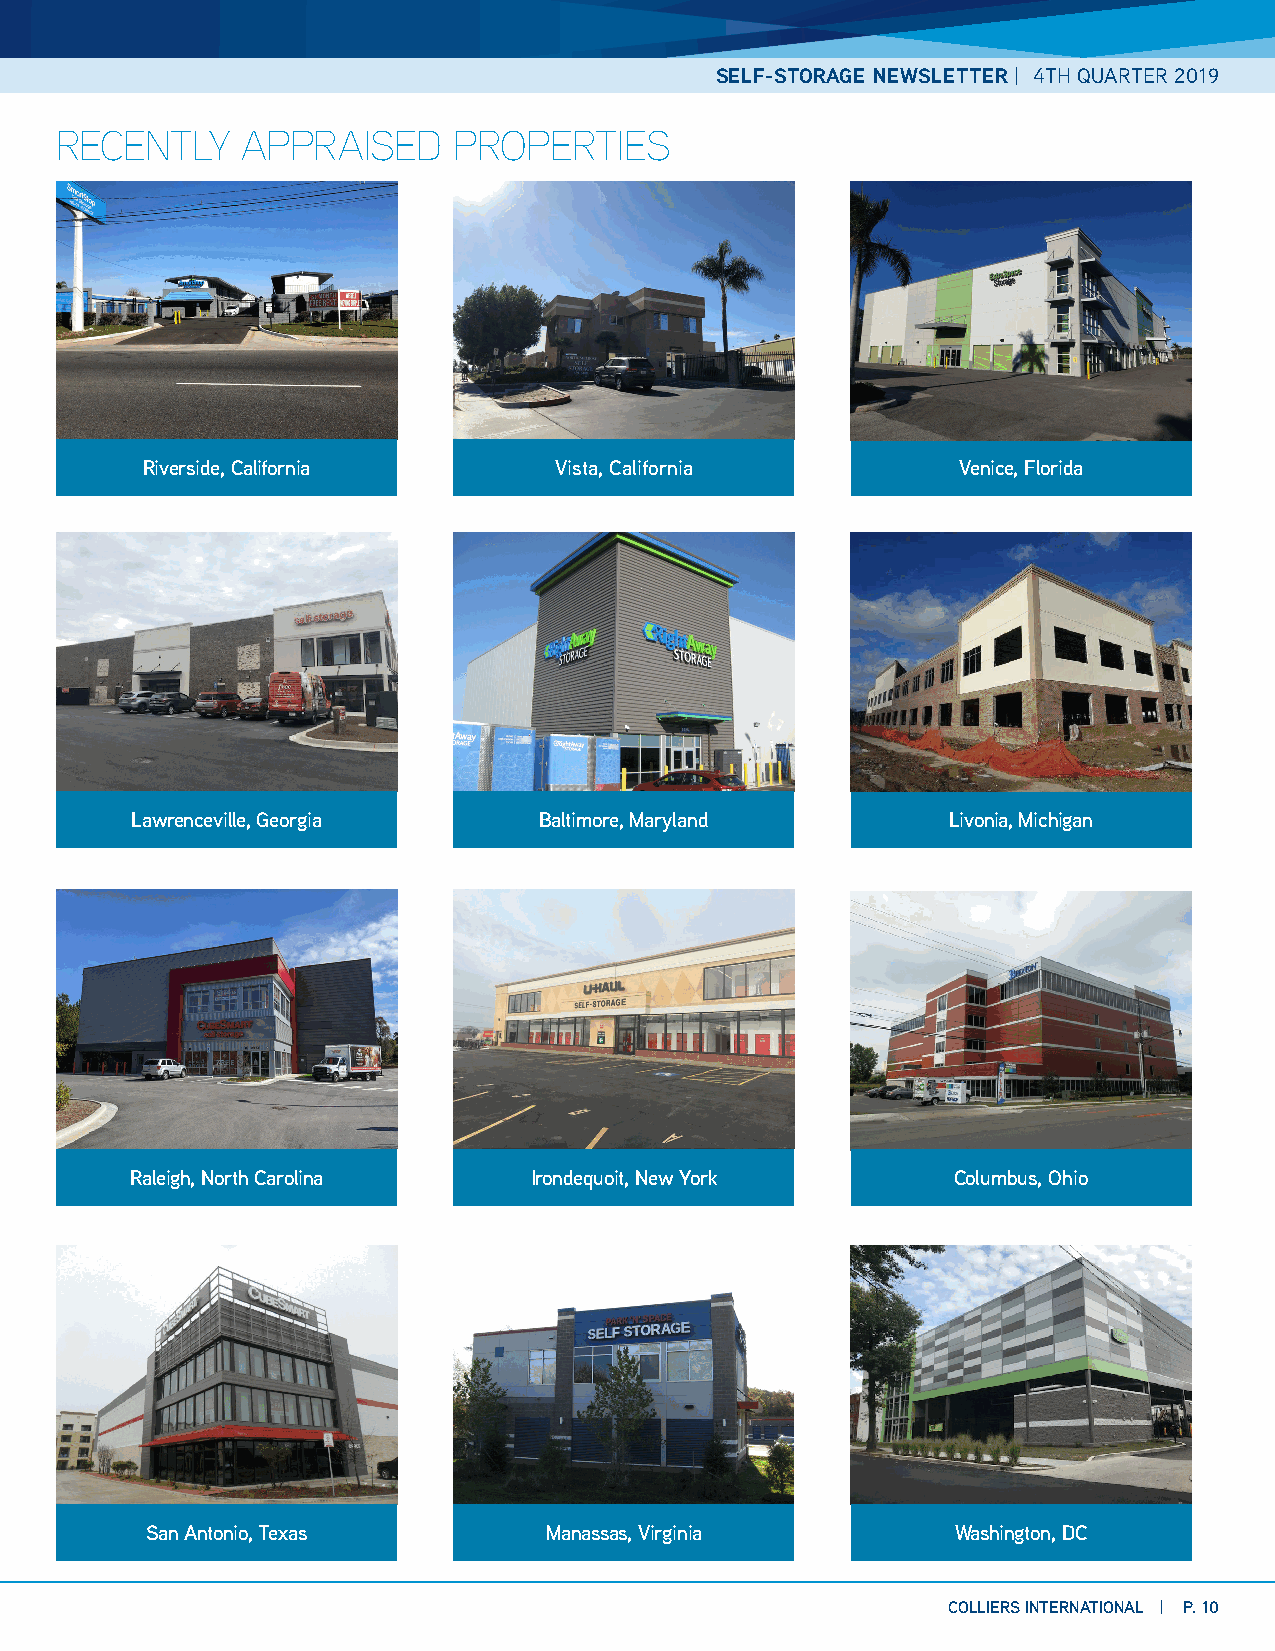
SELF-STORAGE NEWSLETTER | 4TH QUARTER 2019
 RECENTLY    APPRAISED     PROPERTIES
 Riverside, California       Vista, California          Venice, Florida
 Lawrenceville, Georgia     Baltimore, Maryland        Livonia, Michigan
 Raleigh, North Carolina   Irondequoit, New York       Columbus, Ohio
 San Antonio, Texas        Manassas, Virginia         Washington, DC
 COLLIERS INTERNATIONAL | P. 10